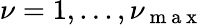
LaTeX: \nu=1,...,\nu_{\mathrm{~m~a~x~}}